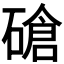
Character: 𰧕